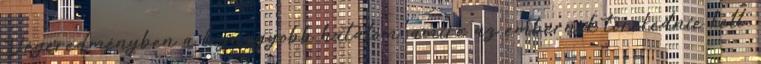
"Végeredményben a legnagyobb hatalom, amire az embernek törekednie kell,